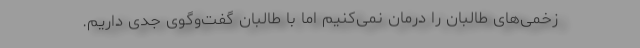
زخمی‌های طالبان را درمان نمی‌کنیم اما با طالبان گفت‌وگوی جدی داریم.